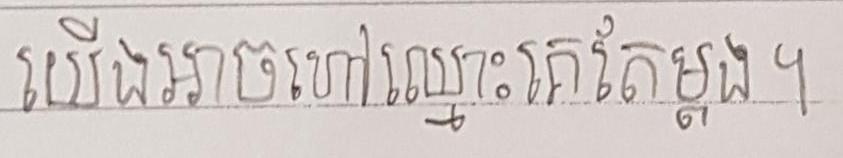
យើងអាចហៅឈ្មោះគេតែម្ដង ។